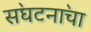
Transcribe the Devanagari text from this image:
स॓घटना॓चा